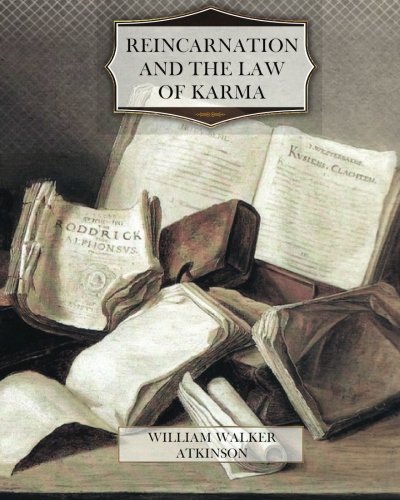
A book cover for Reincarnation and the Law of Karma; William Walker Atkinson; Religion & Spirituality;